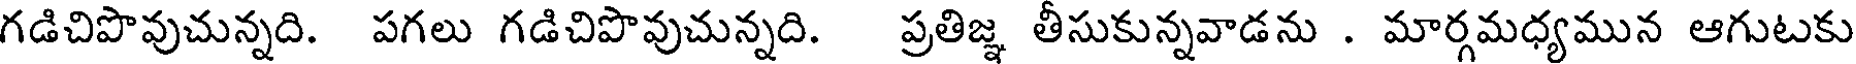
గడిచిపొవుచున్నది. పగలు గడిచిపొవుచున్నది. ప్రతిజ్ఞ తీసుకున్నవాడను . మార్గమధ్యమున ఆగుటకు